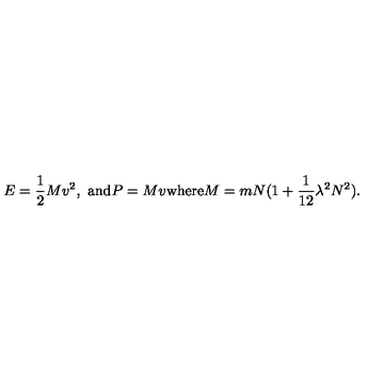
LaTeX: E = { \frac { 1 } { 2 } } M v ^ { 2 } , \ \mathrm { a n d } P = M v \mathrm { w h e r e } M = m N ( 1 + { \frac { 1 } { 1 2 } } \lambda ^ { 2 } N ^ { 2 } ) .